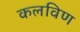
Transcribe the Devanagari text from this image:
कलविण